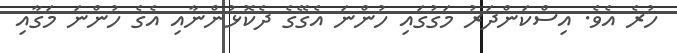
ހުރެ އެވެ. އިސްކަންދަރު މަގުގައި ހުންނަ އެގޭގެ ދެކޮޅުންނާއި އެގެ ހުންނަ މަގާއި